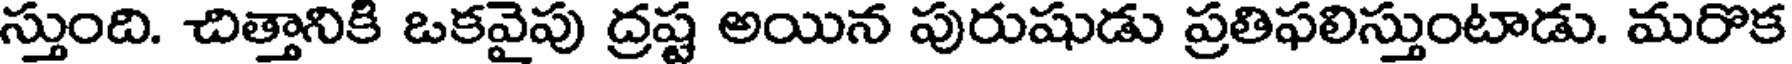
స్తుంది. చిత్తానికి ఒకవైపు ద్రష్ట అయిన పురుషుడు ప్రతిఫలిస్తుంటాడు. మరొక